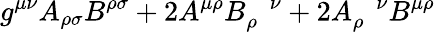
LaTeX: g^{\mu\nu}A_{\rho\sigma}B^{\rho\sigma}+2A^{\mu\rho}B_{\rho}^{\; \; \; \nu}+2A_{\rho}^{\; \; \; \nu}B^{\mu\rho}